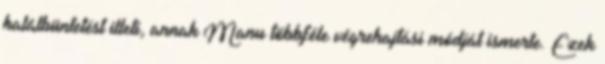
halálbüntetést illeti, annak Manu többféle végrehajtási módját ismerte. Ezek